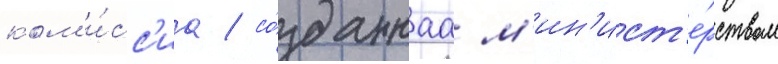
ком'и́сс'иа / со́зданнаа м'ин'ист'е́рством